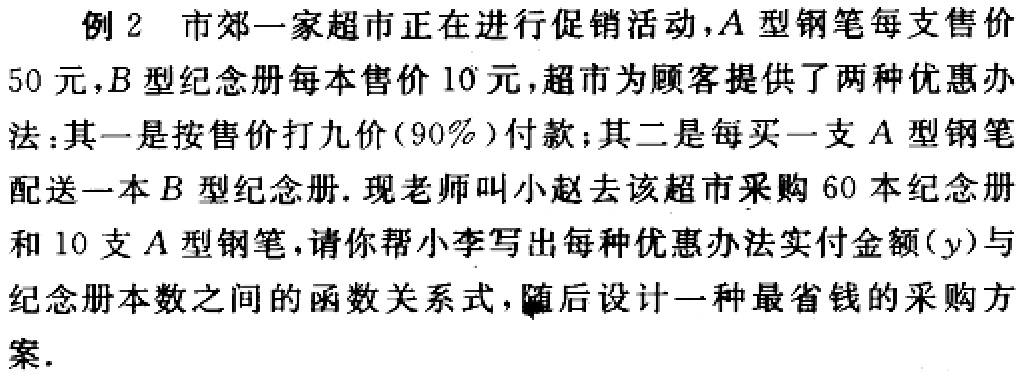
例2 市郊一家超市正在进行促销活动，A型钢笔每支售价50元，B型纪念册每本售价10元，超市为顾客提供了两种优惠办法：其一是按售价打九价(90%)付款；其二是每买一支A型钢笔配送一本B型纪念册. 现老师叫小赵去该超市采购60本纪念册和10支A型钢笔，请你帮小李写出每种优惠办法实付金额($y$)与纪念册本数之间的函数关系式，随后设计一种最省钱的采购方案.